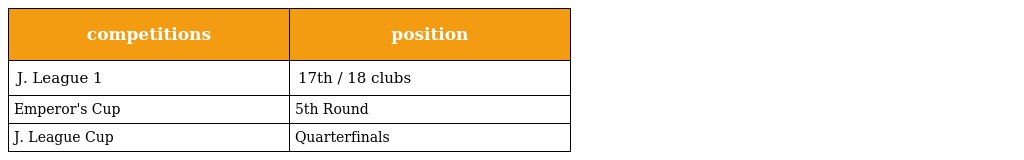
| competitions | position |
 | --- | --- |
 | J. League 1 | 17th / 18 clubs |
 | Emperor's Cup | 5th Round |
 | J. League Cup | Quarterfinals |